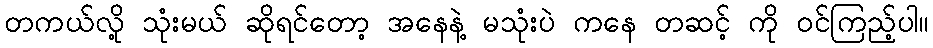
တကယ်လို့ သုံးမယ် ဆိုရင်တော့ အနေနဲ့ မသုံးပဲ ကနေ တဆင့် ကို ဝင်ကြည့်ပါ။